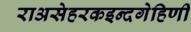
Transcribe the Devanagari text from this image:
राअसेहरकइन्दगेहिणी